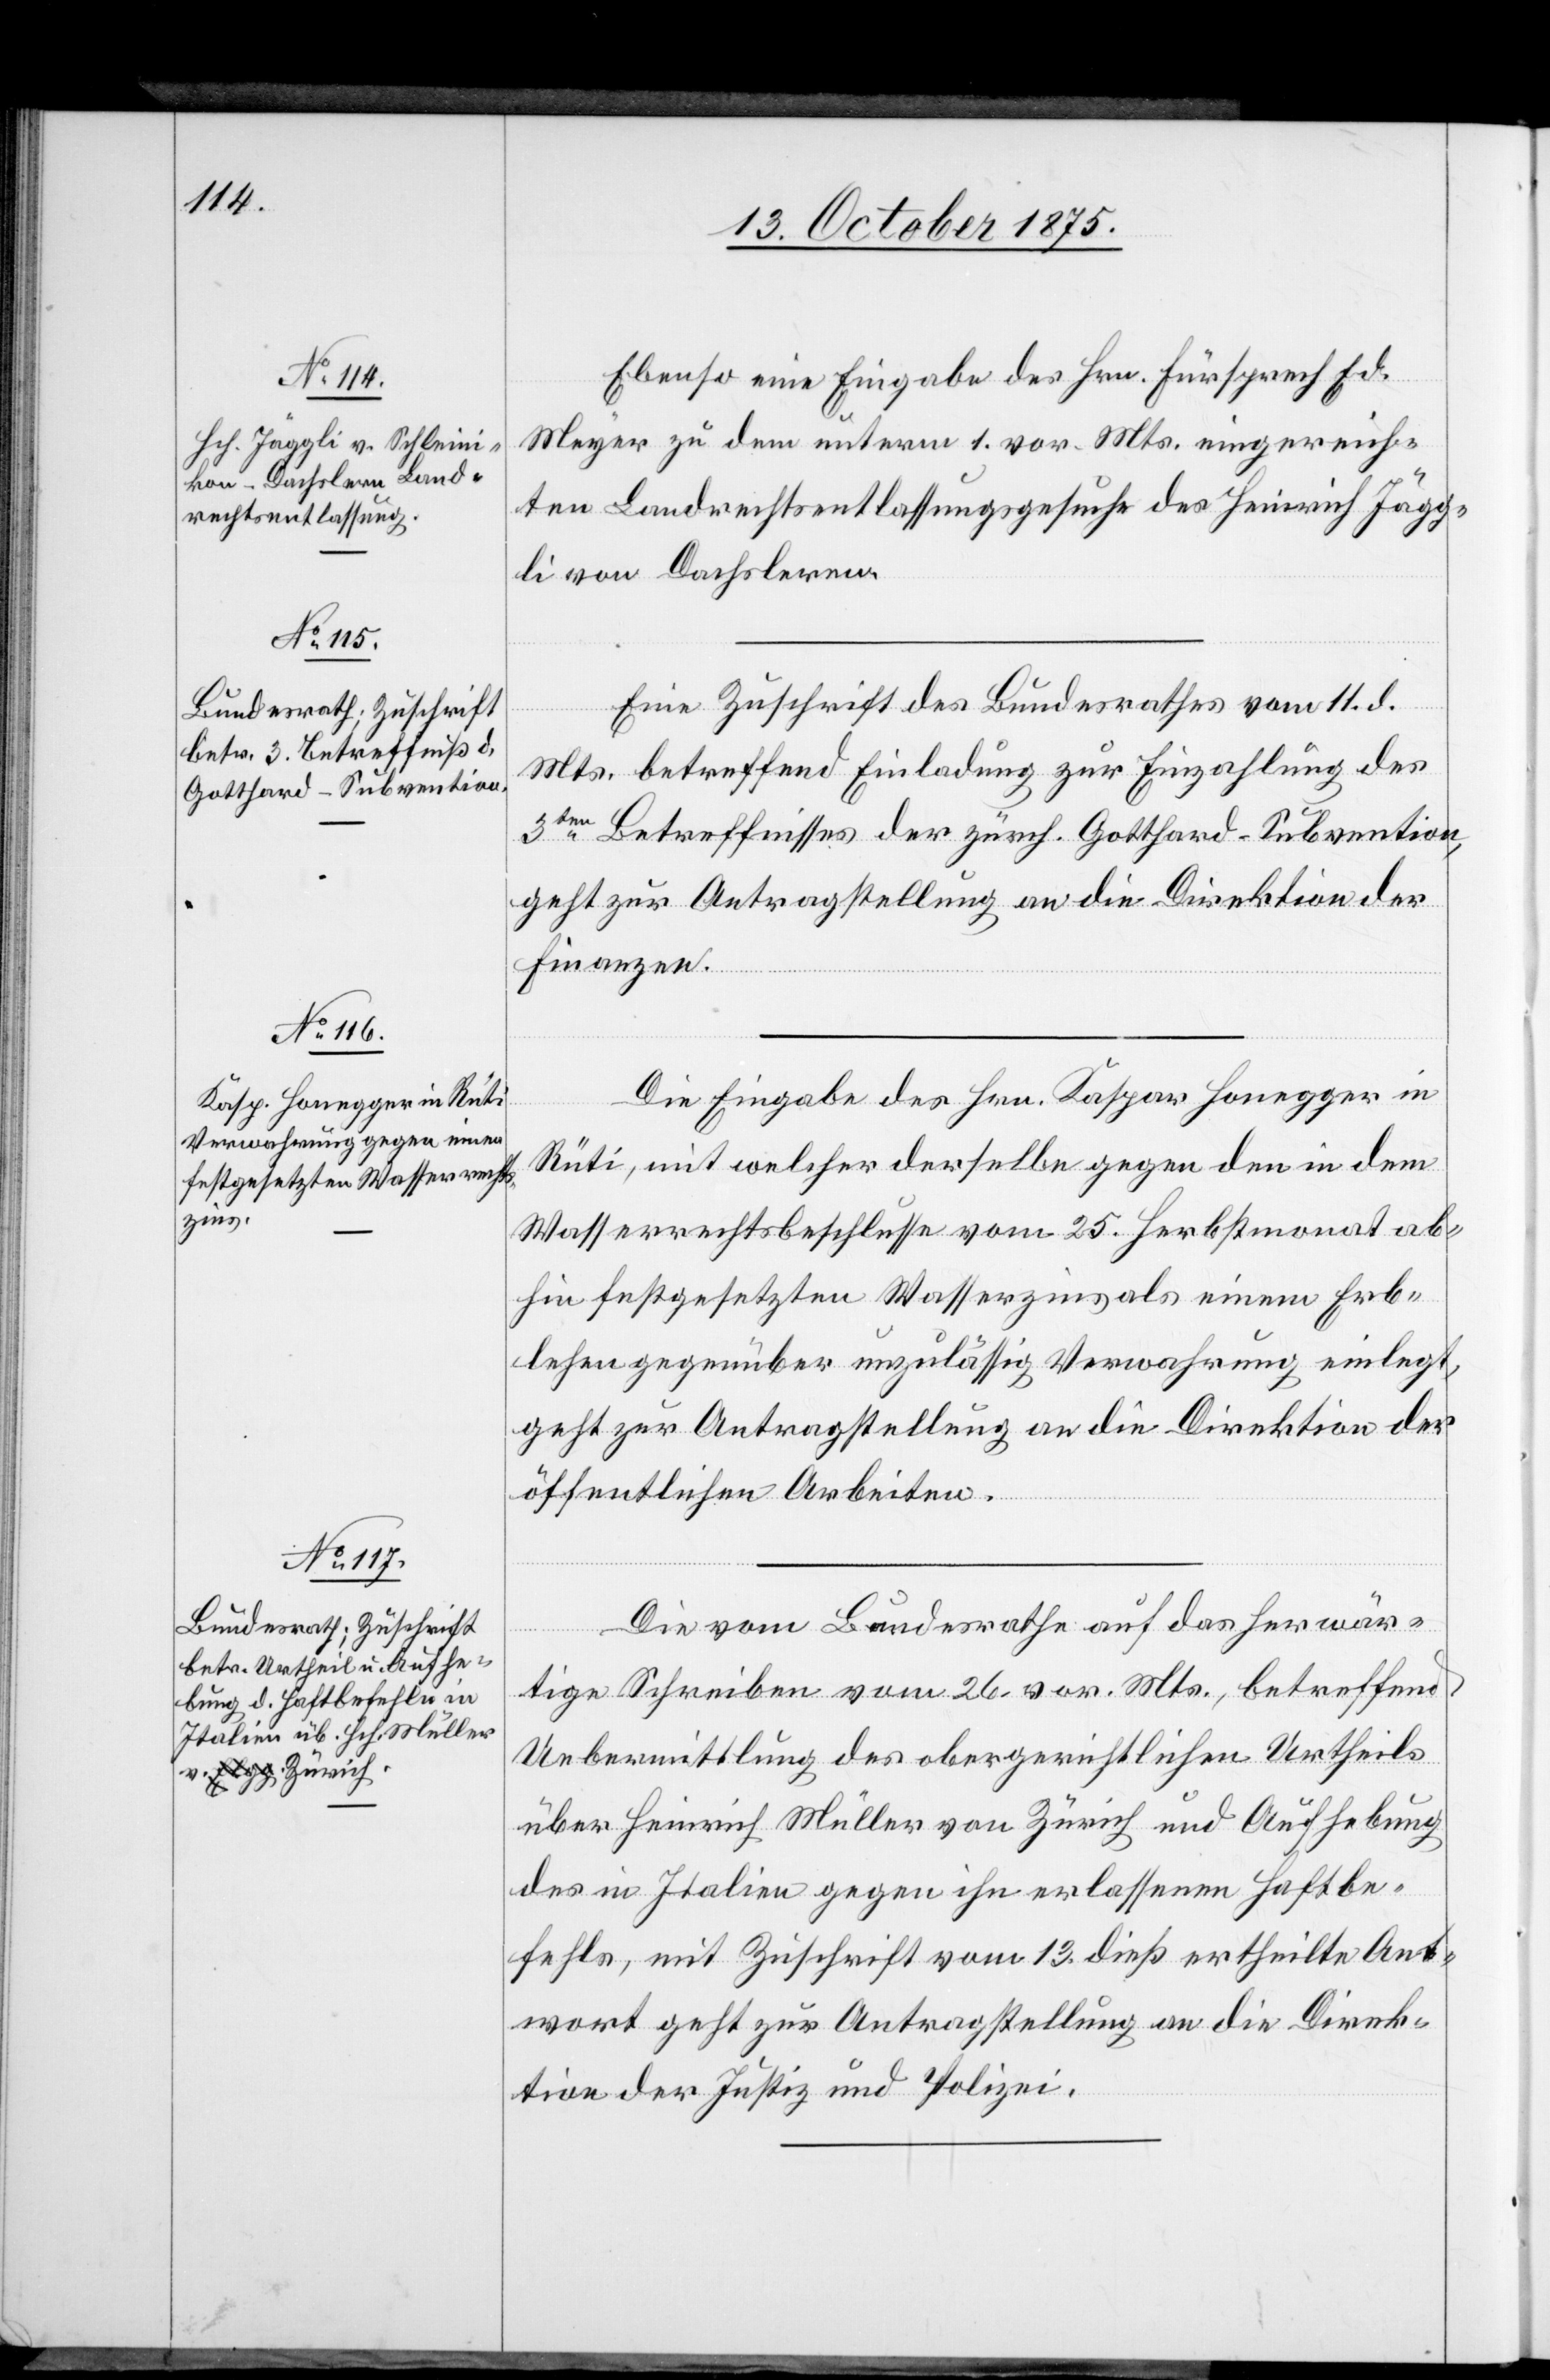
14. October 1875.]
Ebenso eine Eingabe des Hrn. Fürsprech Ed.
Meyer zu dem unterm 1. vor. Mts. eingereich¬
ten Landrechtsentlassungsgesuche des Heinrich Jägg¬
li von Dachsleren
Eine Zuschrift des Bundesrathes vom 11. d.
Mts. betreffend Einladung zur Einzahlung des
3ten Betreffnisses der zürch. Gotthard-Subvention,
geht zur Antragstellung an die Direktion der
Finanzen.
Die Eingabe des Hrn. Kaspar Honegger in
Rüti, mit welcher derselbe gegen den in dem
Wasserrechtsbeschlusse vom 25. Herbstmonat ab¬
hin festgesetzten Wasserzins als einem Erb¬
lehen gegenüber unzulässig Verwahrung einlegt,
geht zur Antragstellung an die Direktion der
öffentlichen Arbeiten.
Die vom Bundesrathe auf das herwär¬
tige Schreiben vom 26. vor. Mts., betreffend
Uebermittlung des obergerichtlichen Urtheils
über Heinrich Müller von Zürich und Aufhebung
des in Italien gegen ihn erlassenen Haftbe¬
fehls, mit Zuschrift vom 13. dieß ertheilte Ant¬
wort geht zur Antragstellung an die Direk¬
tion der Justiz und Polizei.